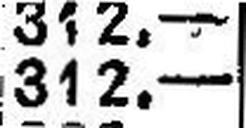
312.—